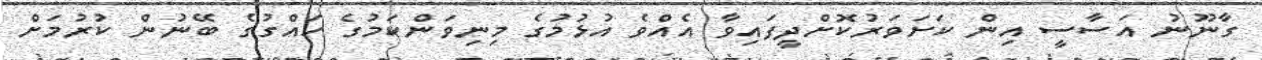
ގާނޫނު އަސާސީ އިން ކަށަވަރުކޮށްދީފައިވާ އެއްވެ އުޅުމުގެ މިނިވަންކަމުގެ ހައްގުގެ ބޭނުން ކުރުމަށް